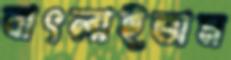
বাৎলাইতাম